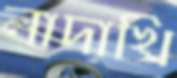
লাদাখি